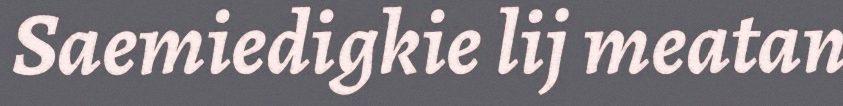
Saemiedigkie lij meatan